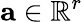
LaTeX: \mathbf{a}\in\mathbb{R}^{r}